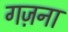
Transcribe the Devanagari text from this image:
गज़ना